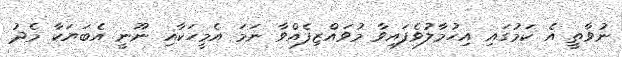
ނުވާތީ އެ ކަމުގައި އިހުމާލުވެފައިވާ މުވައްޒިފެއްވާ ނަމަ އެމީހަކާއި ނޫނީ އެބަޔަކާ މެދު